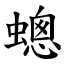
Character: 蟌